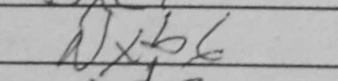
Transcription: Nxb6